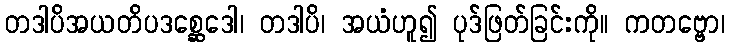
တဒါပိအယတိပဒစ္ဆေဒေါ၊ တဒါပိ၊ အယံဟူ၍ ပုဒ်ဖြတ်ခြင်းကို။ ကတဗ္ဗော၊